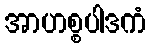
အာဟစ္စပါဒကံ